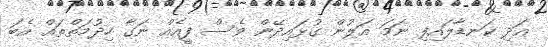
އަދި ކަނޑާލައިފި ނަމަ އަލުން ގުޅައިދޭން ވެސް ފީއެއް ނަގާ ހިދުމަތްތައް އެބަ